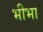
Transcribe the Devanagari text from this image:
भीभा